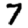
Digit: 7